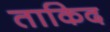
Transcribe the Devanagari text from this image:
ताकिद